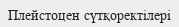
Плейстоцен сүтқоректілері